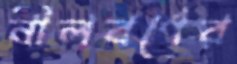
নীলবর্ণের